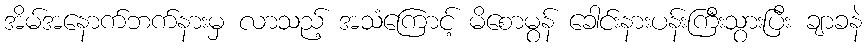
အိမ်အနောက်ဘက်နားမှ လာသည့် အသံကြောင့် မိစောမွန် ခေါင်းနားပန်းကြီးသွားပြီး ချာခနဲ